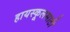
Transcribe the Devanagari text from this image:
हायस्कूलसाठी